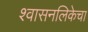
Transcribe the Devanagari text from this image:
श्वासनलिकेचा